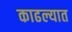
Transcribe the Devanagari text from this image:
काढल्यात